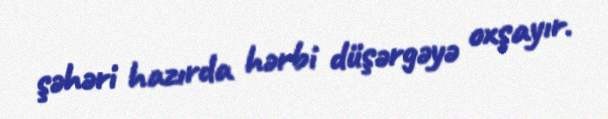
şəhəri hazırda hərbi düşərgəyə oxşayır.